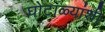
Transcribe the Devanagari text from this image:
घोटाळ्यांशी